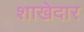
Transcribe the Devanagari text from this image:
शाखेदार